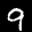
Label: 9